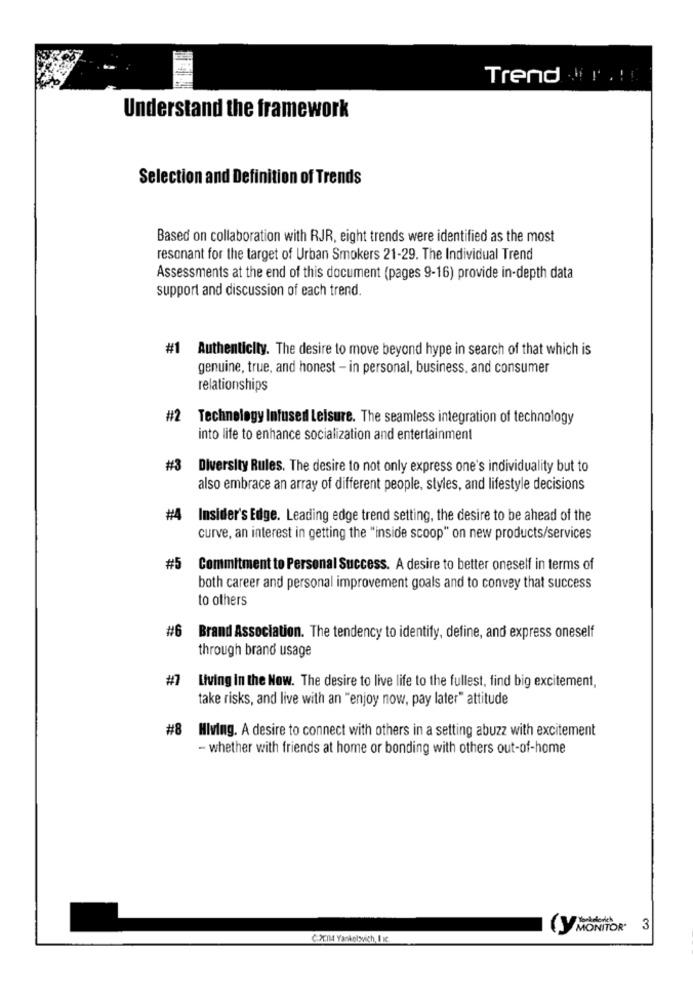
Trend r .!!
Understand the framework
Selection and Definition of Trends
Based on collaboration with RJR, eight trends were identified as the most
resonant for the target of Urban Smokers 21-29. The Individual Trend
Assessments at the end of this document (pages 9-16) provide in-depth data
support and discussion of each trend.
#1 Authenticity. The desire to move beyond hype in search of that which is
genuine, true, and honest - in personal, business, and consumer
relationships
#2 Technology Infused Leisure. The seamless integration of technology
into life to enhance socialization and entertainment
#3
Diversity Rules. The desire to not only express one's individuality but to
also embrace an array of different people, styles, and lifestyle decisions
#4 Insider's Edge. Leading edge trend setting, the desire to be ahead of the
curve, an interest in getting the "inside scoop" on new products/services
#5
Commitment to Personal Success. A desire to better oneself in terms of
both career and personal improvement goals and to convey that success
to others
#6 Brand Association. The tendency to identify, define, and express oneself
through brand usage
#7 Living in the Now. The desire to live life to the fullest, find big excitement,
take risks, and live with an "enjoy now, pay later" attitude
#8 HIving. A desire to connect with others in a setting abuzz with excitement
- whether with friends at home or bonding with others out-of-home
(Y MONITOR"
3
C.M.IM Yankolsich, I .